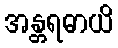
အန္တရဓာယိ